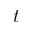
t